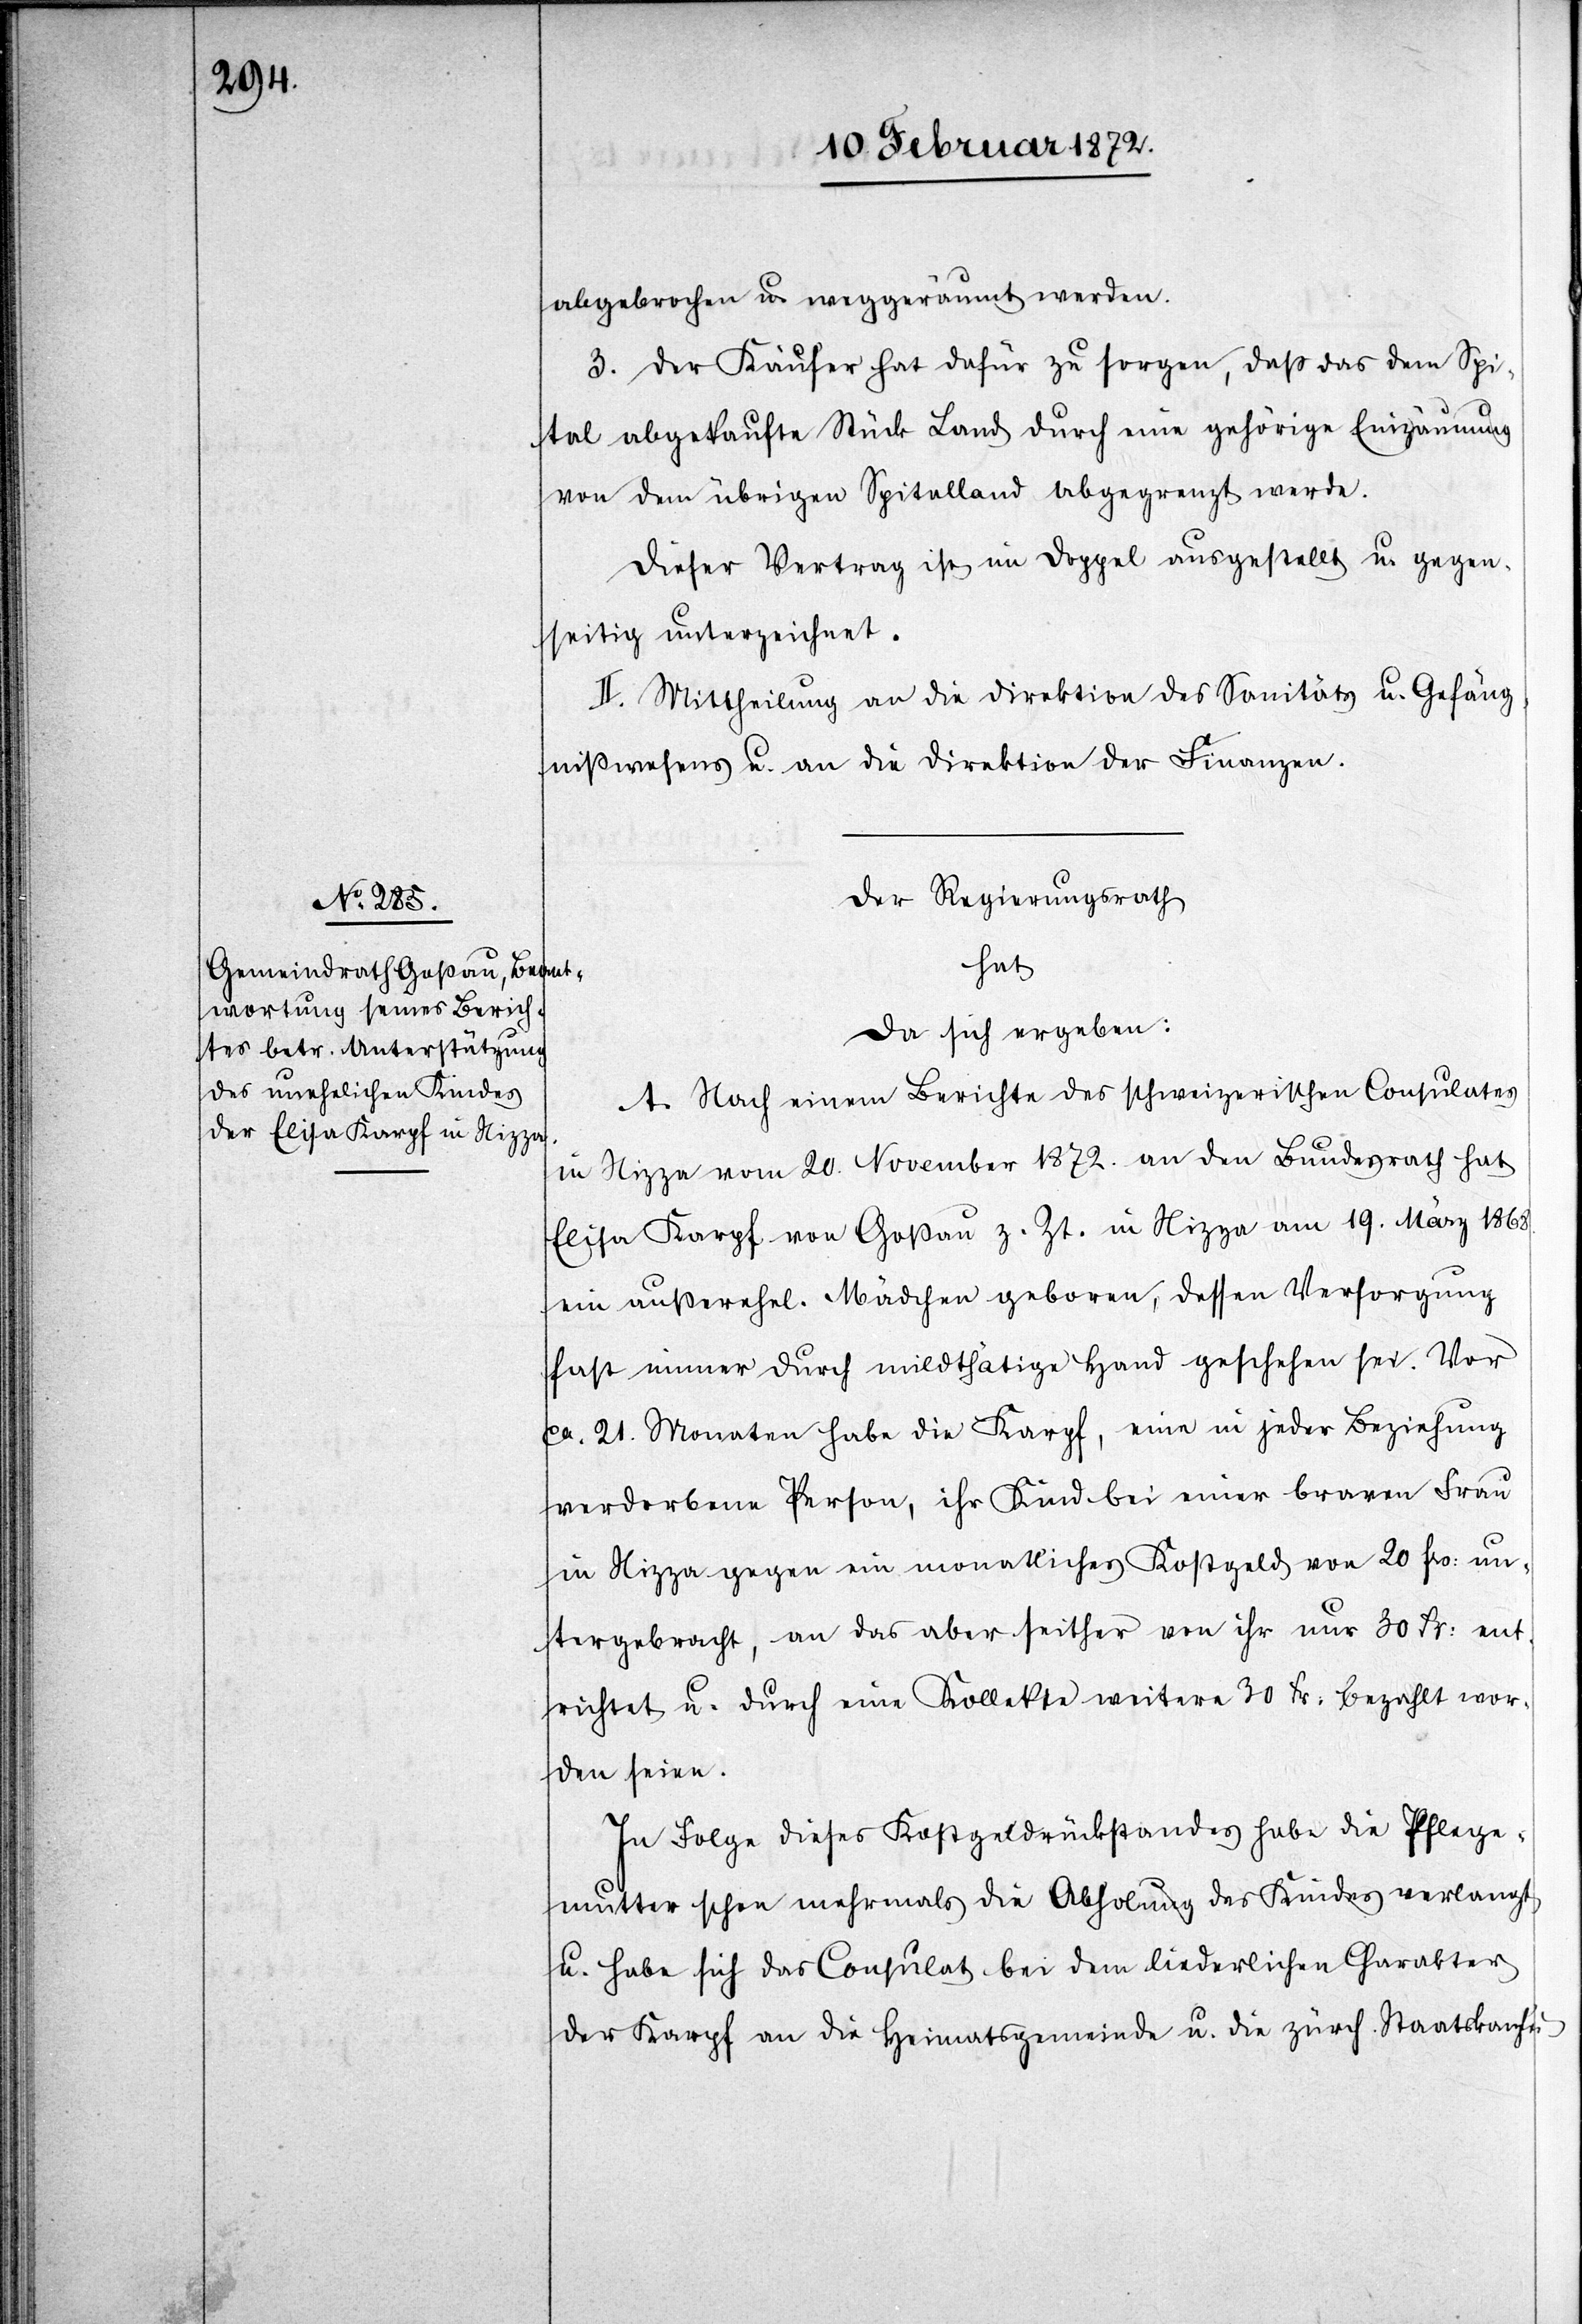
abgebrochen u. weggeräumt werden.
3. Der Käufer hat dafür zu sorgen, daß das dem Spi¬
tal abgekaufte Stück Land durch eine gehörige Einzäumung
von dem übrigen Spitalland abgegrenzt werden.
Dieser Vertrag ist im Doppel ausgestellt u. gegen¬
seitig unterzeichnet.
II. Mittheilung an die Direktion des Sanitäts u. Gefäng¬
nißwesens u. die Direktion der Finanzen.
Der Regierungsrath
hat
da sich ergeben:
A. Nach einem Berichte des schweizerischen Consulates
in Nizza vom 20. November 1872. an den Bundesrath hat
Elisa Karpf von Goßau z. Zt. in Nizza am 19. März 1868.
ein außerehel. Mädchen geboren, dessen Versorgung
fast immer durch mildthätige Hand geschehen sei. Vor
ca 21. Monaten habe die Karpf, eine in jeder Beziehung
verdorbene Person, ihr Kind bei einer braven Frau
in Nizza gegen ein monatliches Kostgeld von 20 frs. un¬
tergebracht, an das aber seither von ihr nur 30. Fr. ent¬
richtet u. durch eine Kollekte weitere 30 Fr. bezahlt wor¬
den seien.
In Folge dieses Kostgeldrückstandes habe die Pflege¬
mutter schon mehrmals die Abholung des Kindes verlangt
u. habe sich das Consulat bei dem liederlichen Charakter
der Karpf an die Heimatgemeinde u. die zürch. Staatskanzlei